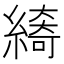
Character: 𱺁